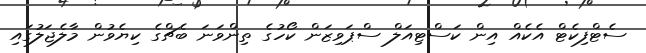
ސެޓްފިކެޓް އެކެއް އިން ކަސްޓިއަލް ސްޕަވިޒަން ކޯހުގެ ތިންވަނަ ބެޗްގެ ކިޔެވުން މާލެޖަލުގައި